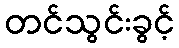
တင်သွင်းခွင့်